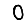
Digit: 0